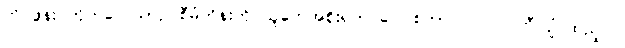
တိုင်ဖွန်း တိုက်လေယာဉ် စီမံကိန်းကို ယူကေအစိုးရက ပေါင်စတာလင် ၁၂ ဘီလျံ ထည့်ဝင်